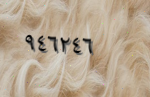
٩٤٦٢٤٦